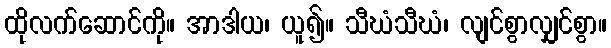
ထိုလက်ဆောင်ကို။ အာဒါယ၊ ယူ၍။ သီဃံသီဃံ၊ လျင်စွာလျှင်စွာ။